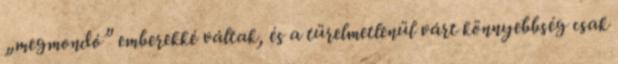
„megmondó” emberekké váltak, és a türelmetlenül várt könnyebbség csak